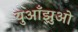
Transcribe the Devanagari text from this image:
युआँझुओ